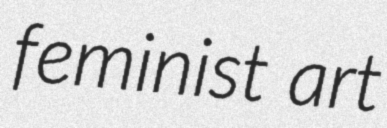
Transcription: feminist art